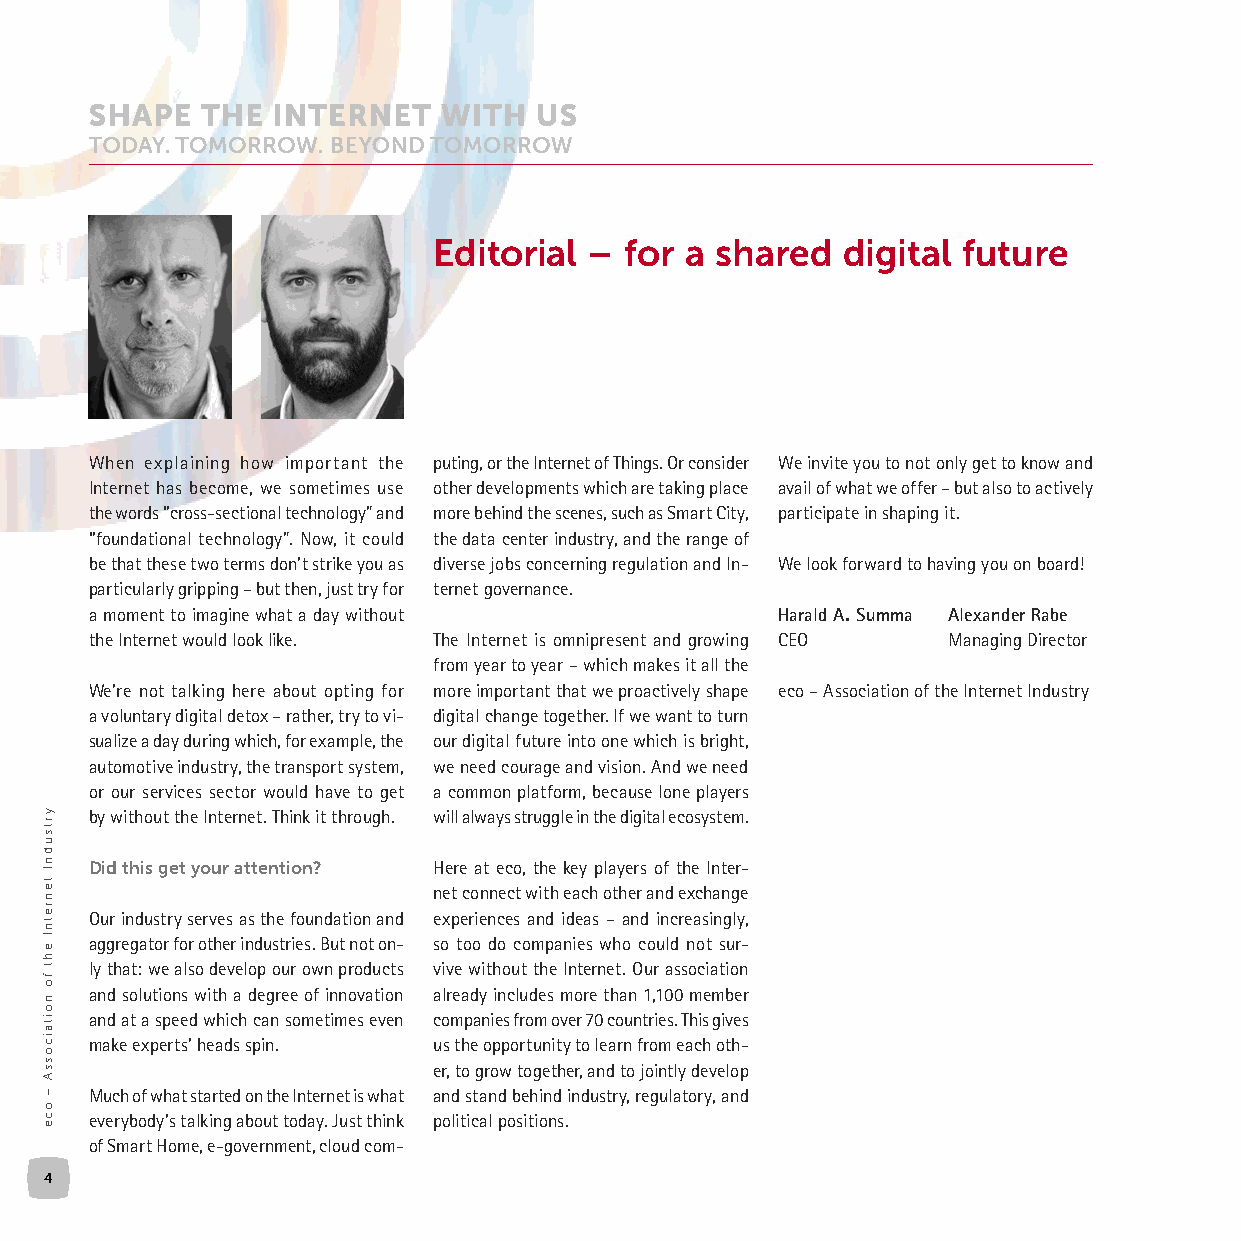
Editorial – for a shared   digital future
 When explaining how important the puting, or the Internet of Things. Or consider We invite you to not only get to know and
 Internet has become, we sometimes use other developments which are taking place avail of what we offer – but also to actively
 the words “cross-sectional technology” and more behind the scenes, such as Smart City, participate in shaping it.
 “foundational technology”. Now, it could the data center industry, and the range of
 be that these two terms don’t strike you as diverse jobs concerning regulation and In- We look forward to having you on board!
 particularly gripping – but then, just try for ternet governance.
 a moment to imagine what a day without       Harald A. Summa Alexander Rabe
 the Internet would look like. The Internet is omnipresent and growing CEO Managing Director
 from year to year – which makes it all the
 We’re not talking here about opting for more important that we proactively shape eco – Association of the Internet Industry
 a voluntary digital detox – rather, try to vi- digital change together. If we want to turn
 sualize a day during which, for example, the our digital future into one which is bright,
 automotive industry, the transport system, we need courage and vision. And we need
 or our services sector would have to get a common platform, because lone players
 by without the Internet. Think it through. will always struggle in the digital ecosystem.
 Did this get your attention? Here at eco, the key players of the Inter-
 net connect with each other and exchange
 Our industry serves as the foundation and experiences and ideas – and increasingly,
 aggregator for other industries. But not on- so too do companies who could not sur-
 ly that: we also develop our own products vive without the Internet. Our association
 and solutions with a degree of innovation already includes more than 1,100 member
 and at a speed which can sometimes even companies from over 70 countries. This gives
 make experts’ heads spin. us the opportunity to learn from each oth-
 er, to grow together, and to jointly develop
 Much of what started on the Internet is what and stand behind industry, regulatory, and
 everybody’s talking about today. Just think political positions.
 of Smart Home, e-government, cloud com-
 4
 yrtsudnI
 tenretnI
 eht
 fo
 noitaicossA
 –
 oce